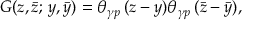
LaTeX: G ( z , \bar { z } ; \, y , \bar { y } ) = \theta _ { \gamma p } \, ( z - y ) \theta _ { \gamma p } \, ( \bar { z } - \bar { y } ) ,